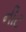
નીટ